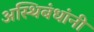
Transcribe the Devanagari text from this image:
अस्थिबंधांनी